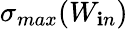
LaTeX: \sigma_{max}(W_{\mathbf{i}n})